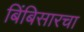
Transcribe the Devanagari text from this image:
बिंबिसारचा